Insane asylums Bombay 1873-77 - 1873-1877
Year: 1873
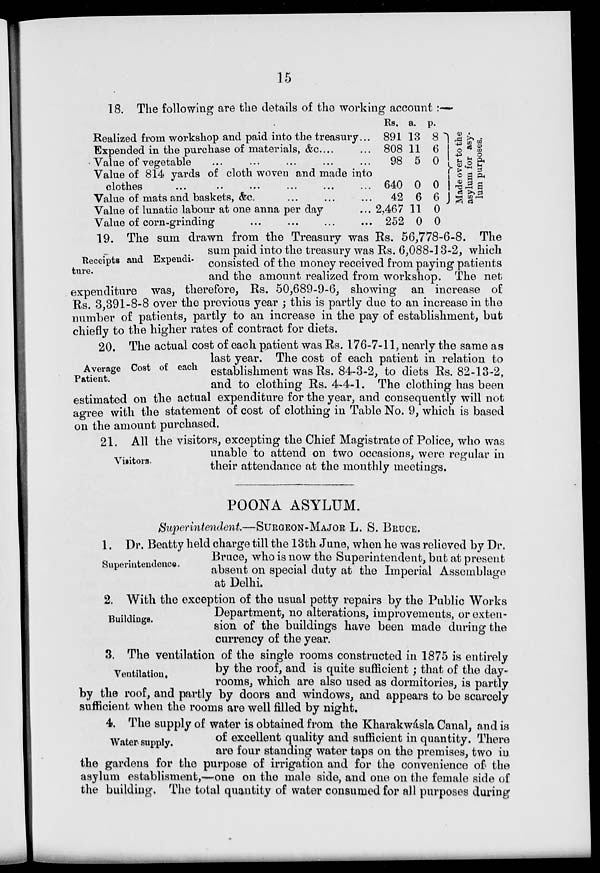
15
18. The following are the details of the working account:—
Realized from workshop and paid into the treasury ...
Expended in the purchase of materials, & c. ... ...
Value of vegetable ... ... ... ... ...
Value of 814 yards of cloth woven and made into
clothes
...
..
...
...
... ...
Value of mats and baskets, &c. ... ... ...
Value of lunatic labour at one anna per day
Value of corn-grinding ... ... ... ...
Rs.
891
808
98
640
42
2,467
252
a.
13
11
5
0
6
11
0
p.
8
6
0
0
6
0
0
Made over to the
asylum for asy-
lum purposes.
Receipts and Expendi-
ture.
19. The sum drawn from the Treasury was Rs. 56,778-6-8. The
sum paid into the treasury was Rs. 6,088-13-2, which
consisted of the money received from paying patients
and the amount realized from workshop. The net
expenditure was, therefore, Rs. 50,689-9-6, showing an increase of
Rs. 3,391-8-8 over the previous year ; this is partly due to an increase in the
number of patients, partly to an increase in the pay of establishment, but
chiefly to the higher rates of contract for diets.
Average Cost of each
Patient.
20. The actual cost of each patient was Rs. 176-7-11, nearly the same as
last year. The cost of each patient in relation to
establishment was Rs. 84-3-2, to diets Rs. 82-13-2,
and to clothing Rs. 4-4-1. The clothing has been
estimated on the actual expenditure for the year, and consequently will not
agree with the statement of cost of clothing in Table No. 9, which is based
on the amount purchased.
Visitors.
21. All the visitors, excepting the Chief Magistrate of Police, who was
unable to attend on two occasions, were regular in
their attendance at the monthly meetings.
POONA ASYLUM.
Superintendent.—SURGEON-MAJOR L. S. BRUCE.
Superintendence.
1. Dr. Beatty held charge till the 13th June, when he was relieved by Dr.
Bruce, who is now the Superintendent, but at present
absent on special duty at the Imperial Assemblage
at Delhi.
Buildings.
2. With the exception of the usual petty repairs by the Public Works
Department, no alterations, improvements, or exten-
sion of the buildings have been made during the
currency of the year.
Ventilation.
3. The ventilation of the single rooms constructed in 1875 is entirely
by the roof, and is quite sufficient; that of the day-
rooms, which are also used as dormitories, is partly
by the roof, and partly by doors and windows, and appears to be scarcely
sufficient when the rooms are well filled by night.
Water supply.
4. The supply of water is obtained from the Kharakwásla Canal, and is
of excellent quality and sufficient in quantity. There
are four standing water taps on the premises, two in
the gardens for the purpose of irrigation and for the convenience of the
asylum establisment,—one on the male side, and one on the female side of
the building. The total quantity of water consumed for all purposes during